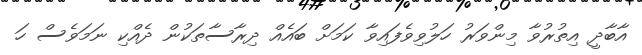
އާބާދީ އިތުރުވާ މިންވަރު ހަލުވިވެފައިވާ ކަމަށް ބައެއް ދިރާސާތަކުން ދެއްކި ނަމަވެސް ހަ